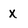
Character: x